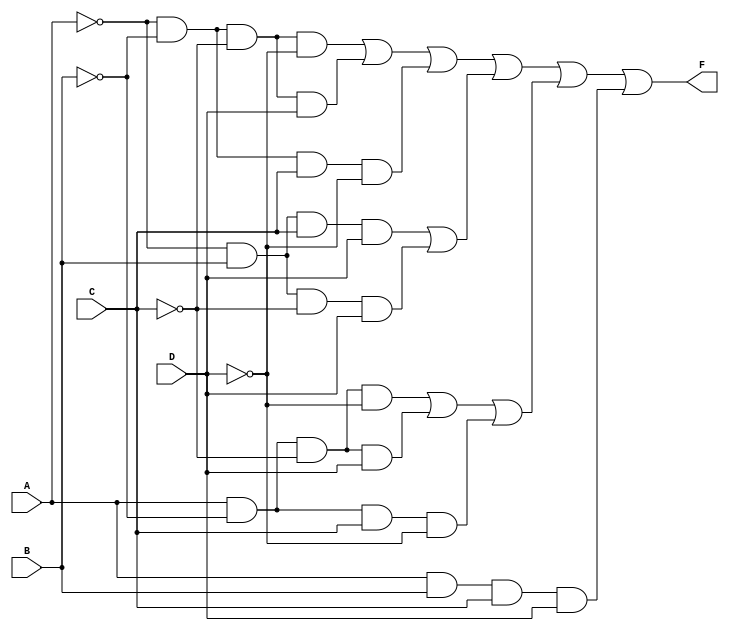
module EssentialPrimeImplicants (
    input wire A,
    input wire B,
    input wire C,
    input wire D,
    output wire F
);

// Define the minterms for the function
// For example, let's assume the function is defined by minterms 0, 1, 2, 5, 6, 7, 8, 9, 10, 14
wire m0 = ~A & ~B & ~C & ~D; // 0
wire m1 = ~A & ~B & ~C & D;  // 1
wire m2 = ~A & ~B & C & ~D;  // 2
wire m5 = ~A & B & C & D;    // 5
wire m6 = ~A & B & C & ~D;   // 6
wire m7 = ~A & B & ~C & D;   // 7
wire m8 = A & ~B & ~C & ~D;  // 8
wire m9 = A & ~B & ~C & D;   // 9
wire m10 = A & ~B & C & ~D;  // 10
wire m14 = A & B & C & D;    // 14

// Identify essential prime implicants
// Here we assume a simplified logic based on the minterms provided above
// The essential prime implicants for the above minterms can be determined as follows
wire essential1 = (m0 | m1 | m2); // Covers minterms 0, 1, 2
wire essential2 = (m5 | m7);      // Covers minterms 5, 7
wire essential3 = (m8 | m9 | m10); // Covers minterms 8, 9, 10
wire essential4 = m14;            // Covers minterm 14

// Combine essential prime implicants for final output
assign F = essential1 | essential2 | essential3 | essential4;

endmodule